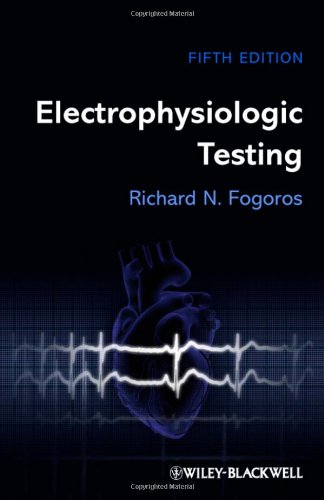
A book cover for Electrophysiologic Testing (Fogoros, Electrophysiologic Testing); Richard N. Fogoros MD; Engineering & Transportation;